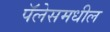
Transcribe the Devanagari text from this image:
पॅलेसमधील